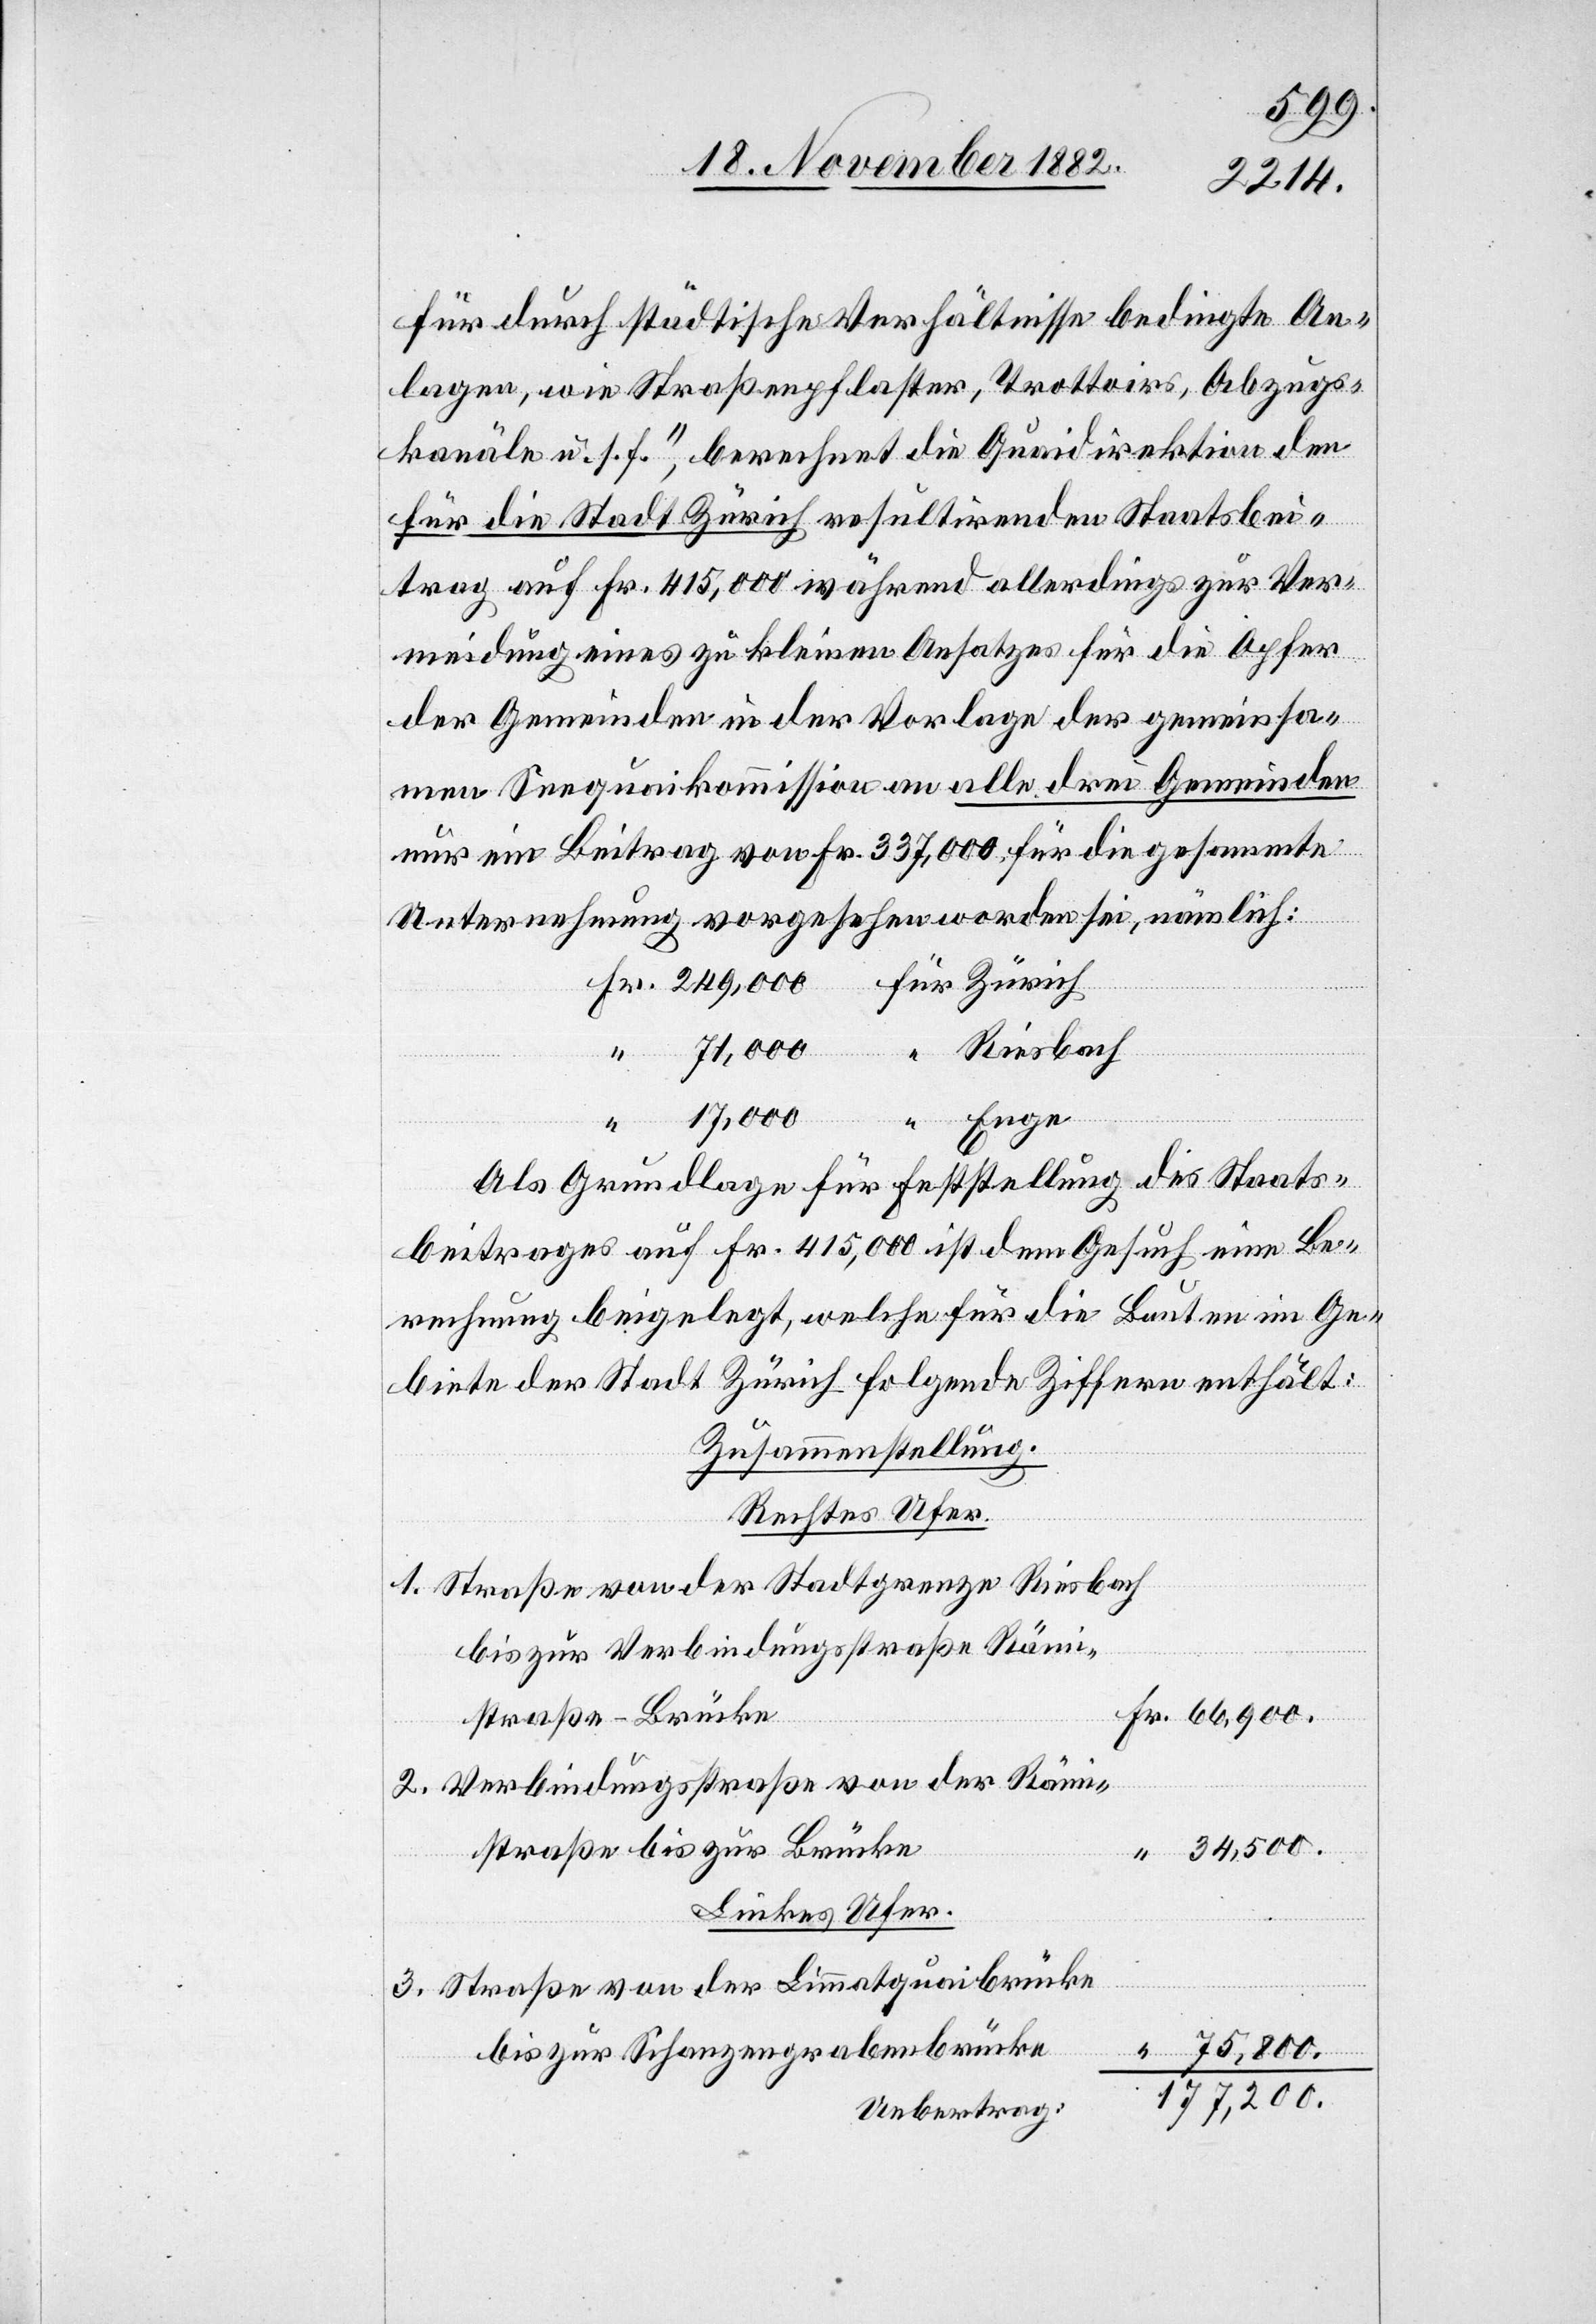
für durch städtische Verhältnisse bedingte An¬
lagen, wie Straßenpflaster, Trottoirs, Abzugs¬
kanäle u. s. f.“, berechnet die Quaidirektion den
für die Stadt Zürich resultirenden Staatsbei¬
“
trag auf Fr. 415,000 während allerdings zur Ver¬
meidung eines zu kleinen Ansatzes für die Opfer
der Gemeinden in der Vorlage der gemeinsa¬
men Seequaikommission an alle drei Gemeinden
nur ein Beitrag von 337,000 für die gesammte
Unternehmung vorgesehen worden sei, nämlich:
Riesbach
75,800.
Enge
Als Grundlage für Feststellung des Staats¬
beitrages auf Fr. 415,000 ist dem Gesuch eine Be¬
rechnung beigelegt, welche für die Bauten im Ge¬
biete der Stadt Zürich folgende Ziffern enthält:
Zusammenstellung.
Rechtes Ufer.
1. Straße von der Stadtgrenze Riesbach
bis zur Verbindungsstraße Räm¬
istraße–Brücke
2. Verbindungsstraße von der Rämi¬
straße bis zur Brücke
34,500.
Linkes Ufer.
3. Straße von der Limmatquaibrücke
bis zur Schanzengrabenbrücke
117,200.
Uebertrag